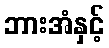
ဘားအံနှင့်